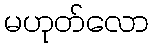
မဟုတ်လော